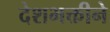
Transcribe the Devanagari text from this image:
देशभक्तीने